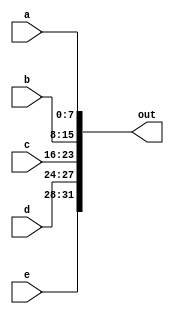
module concatenator1( a, b, c, d, e, out);
  input[7:0] a;
  input[7:0] b;
  input[7:0] c;
  input[3:0] d;
  input[3:0] e;
  
  output[31:0] out;
  assign out = {e, d, c, b, a};
endmodule